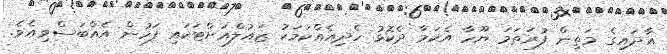
އާދައިގެ މަތިން ފުރަތަމަ ޔޫހާ އެކަމާ ދެކޮޅު ހެދިއެއްކަމަކު ޒައުލްއަށްޓަކައި ފަހުން އެއްބަސްވިއެވެ.